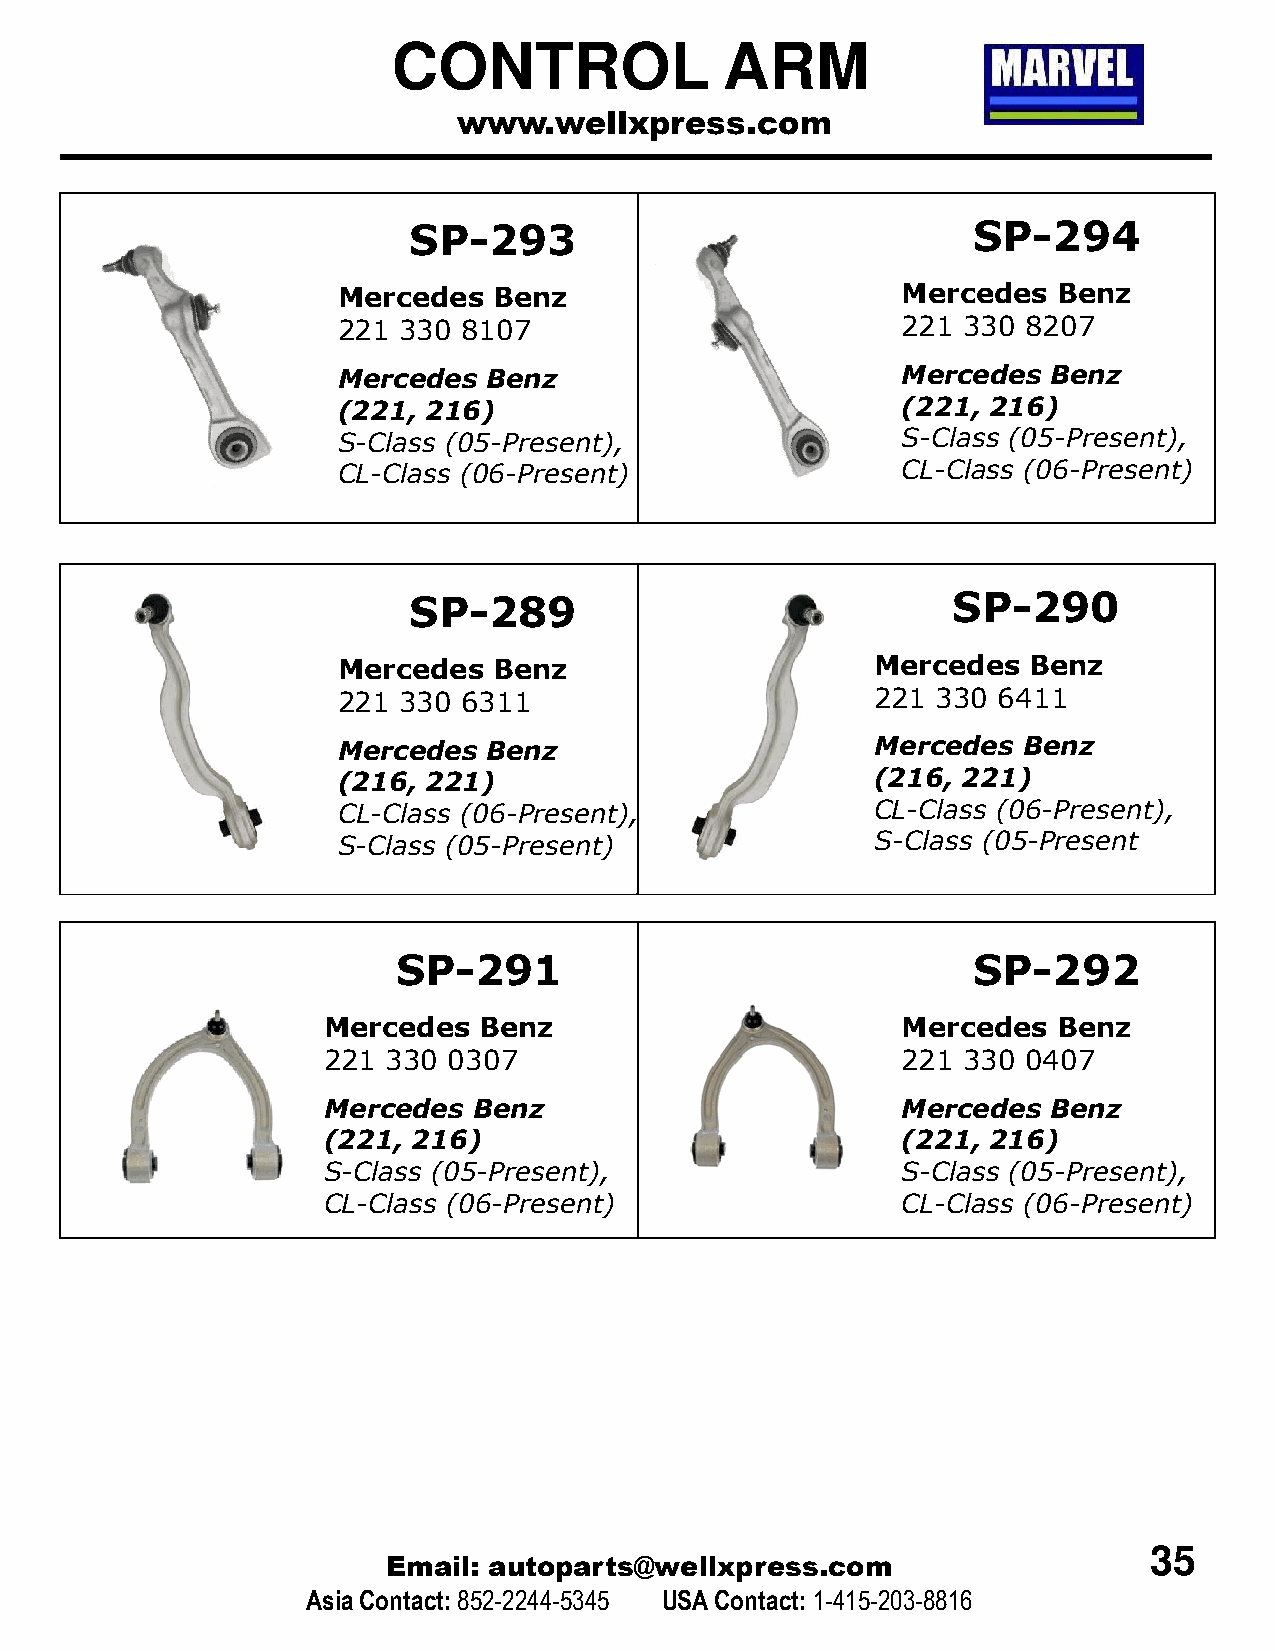
CONTROL               ARM
 www.wellxpress.com
 SP-293                               SP-294
 Mercedes   Benz                       Mercedes  Benz
 221 330  8107                         221 330 8207
 Mercedes  Benz                        Mercedes  Benz
 (221, 216)                            (221, 216)
 S-Class (05-Present),                 S-Class (05-Present),
 CL-Class (06-Present)                 CL-Class (06-Present)
 SP-289                              SP-290
 Mercedes   Benz                     Mercedes  Benz
 221 330  6311                       221 330 6411
 Mercedes  Benz                      Mercedes  Benz
 (216, 221)                          (216, 221)
 CCLL--CCllaassss ((0066--PPrreesseenntt)),, CL-Class (06-Present),
 S-Class (05-Present)                SS--CCllaassss ((0055--PPrreesseenntt
 SP-291                                SP-292
 Mercedes   Benz                        Mercedes  Benz
 221  330 0307                          221 330 0407
 Mercedes  Benz                         Mercedes  Benz
 (221, 216)                             (221, 216)
 S-Class (05-Present),                  S-Class (05-Present),
 CL-Class (06-Present)                  CL-Class (06-Present)
 35
 Email: autoparts@wellxpress.com
 Asia Contact:852-2244-5345 USA Contact: 1-415-203-8816